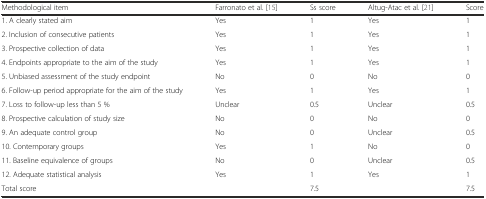
| Methodological item | Farronato et al. [15] | Ss score | Altug-Atac et al. [21] | Score |
 | --- | --- | --- | --- | --- |
 | 1. A clearly stated aim | Yes | 1 | Yes | 1 |
 | 2. Inclusion of consecutive patients | Yes | 1 | Yes | 1 |
 | 3. Prospective collection of data | Yes | 1 | Yes | 1 |
 | 4. Endpoints appropriate to the aim of the study | Yes | 1 | Yes | 1 |
 | 5. Unbiased assessment of the study endpoint | No | 0 | No | 0 |
 | 6. Follow-up period appropriate for the aim of the study | Yes | 1 | Yes | 1 |
 | 7. Loss to follow-up less than 5 % | Unclear | 0.5 | Unclear | 0.5 |
 | 8. Prospective calculation of study size | No | 0 | No | 0 |
 | 9. An adequate control group | No | 0 | Unclear | 0.5 |
 | 10. Contemporary groups | Yes | 1 | No | 0 |
 | 11. Baseline equivalence of groups | No | 0 | Unclear | 0.5 |
 | 12. Adequate statistical analysis | Yes | 1 | Yes | 1 |
 | Total score |  | 7.5 |  | 7.5 |